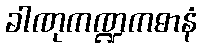
ခါဏုကဏ္ဍကဓာနံ